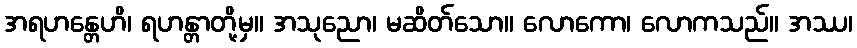
အရဟန္တေဟိ၊ ရဟန္တာတို့မှ။ အသုညော၊ မဆိတ်သော။ လောကော၊ လောကသည်။ အဿ၊